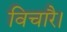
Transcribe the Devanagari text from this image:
विचारै।